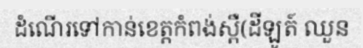
ដំណើរទៅកាន់ខេត្តកំពង់ស្ពឺ(ដីឡូត៍ ឈួន